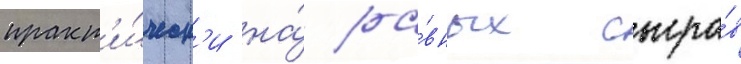
практ'и́ческ'и на́ ра́вных сыгра́в